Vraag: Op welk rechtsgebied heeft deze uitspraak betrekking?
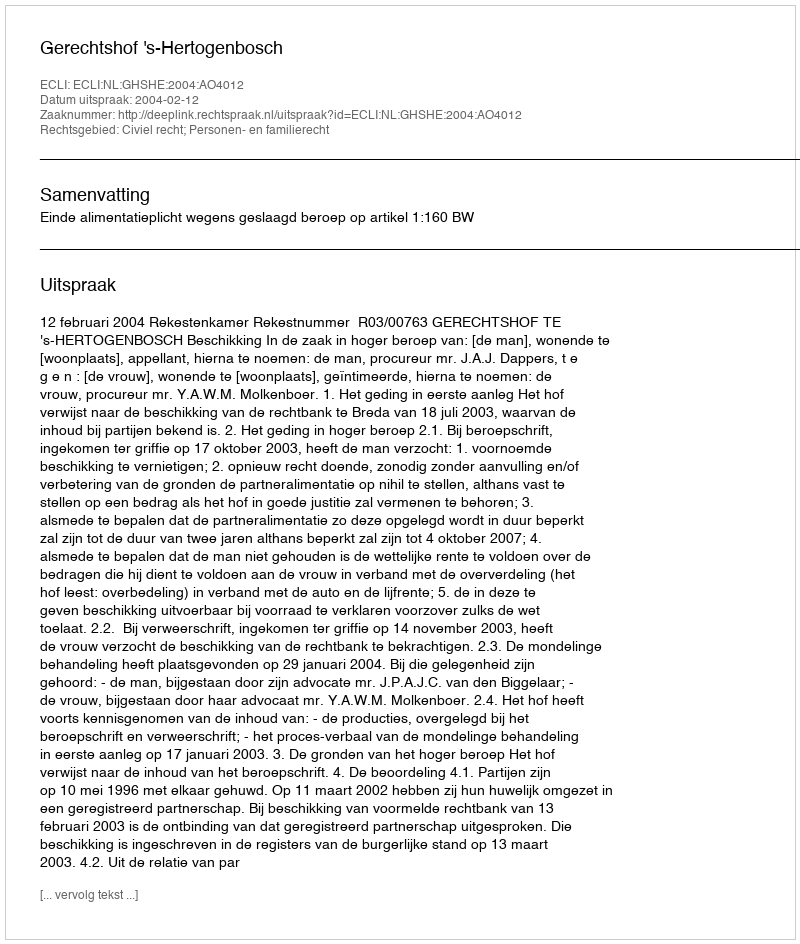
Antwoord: Civiel recht; Personen- en familierecht